Calcutta medical institutions reports 1871-78
Year: 1871
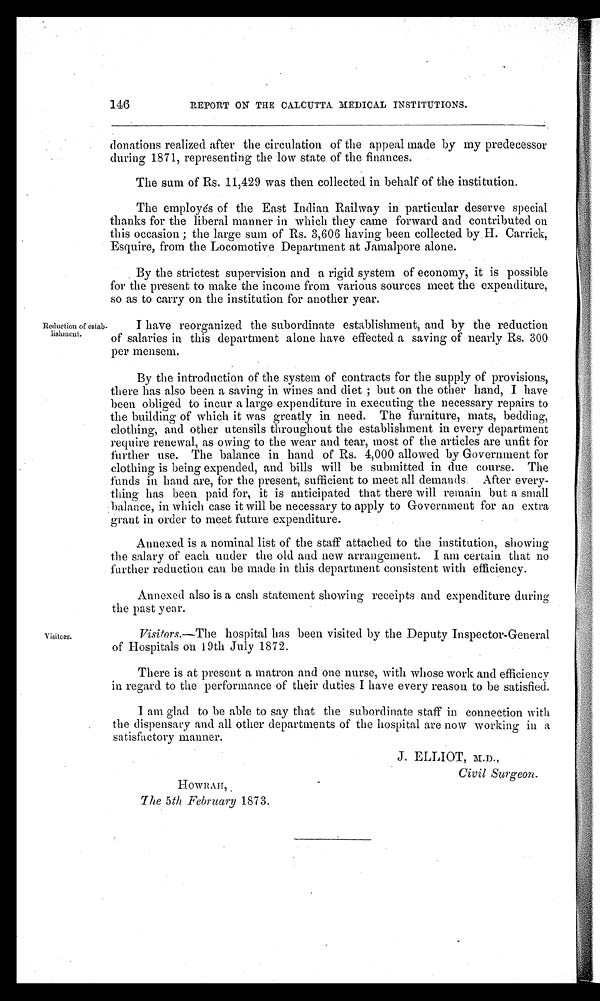
H O W R A H ,
The 5 th February 1873.
J. ELLIOT, M.D.,
Civil Surgeon.
146
REPORT ON THE CALCUTTA MEDICAL INSTITUTIONS.
Reduction of estab-
lishment.
Visitors.
donations realized after the circulation of the appeal made by my predecessor
during 1871, representing the low state of the finances.
The sum of Rs. 11,429 was then collected in behalf of the institution.
The employés of the East Indian Railway in particular deserve special
thanks for the liberal manner in which they came forward and contributed on
this occasion ; the large sum of Rs. 3,606 having been collected by. H. Carrick,
Esquire, from the Locomotive Department at Jamalpore alone.
By the strictest supervision and a rigid system of economy, it is possible
for the present to make the income from various sources meet the expenditure,
so as to carry on the institution for another year.
I have reorganized the subordinate establishment, and by the reduction
of salaries in this department alone have effected a saving of nearly Rs. 300
per mensem.
By the introduction of the system of contracts for the supply of provisions,
there has also been a saving in wines and diet ; but on the other hand, I have
been obliged to incur a large expenditure in executing the necessary repairs to
the building of which it was greatly in need. The furniture, mats, bedding,
clothing, and other utensils throughout the establishment in every department
require renewal, as owing to the wear and tear, most of the articles are unfit for
further use. The balance in hand of Rs. 4,000 allowed by Government for
clothing is being expended, and bills will be submitted in due course. The
funds in hand are, for the present, sufficient to meet all demands. After every-
thing has been paid for, it is anticipated that there will remain but a small
balance, in which case it will be necessary to apply to Government for an extra
grant in order to meet future expenditure.
Annexed is a nominal list of the staff attached to the institution, showing
the salary of each under the old and new arrangement. I am certain that no
further reduction can be made in this department consistent with efficiency.
Annexed also is a cash statement showing receipts and expenditure
during
the past year.
Visitors. —The hospital has been visited by the Deputy Inspector-General
of Hospitals on 19th July 1872.
There is at present a matron and one nurse, with whose work and efficiency
in regard to the performance of their duties I have every reason to be satisfied.
I am glad to be able to say that the subordinate staff in connection with
the dispensary and all other departments of the hospital are now working in a
satisfactory manner.